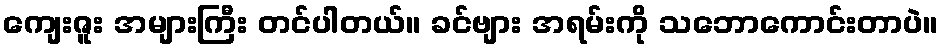
ကျေးဇူး အများကြီး တင်ပါတယ်။ ခင်ဗျား အရမ်းကို သဘောကောင်းတာပဲ။